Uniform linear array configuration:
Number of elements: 8
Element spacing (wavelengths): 1
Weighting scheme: binomial
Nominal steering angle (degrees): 60
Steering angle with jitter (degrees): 61.452
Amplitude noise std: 0.05
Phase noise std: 0.05

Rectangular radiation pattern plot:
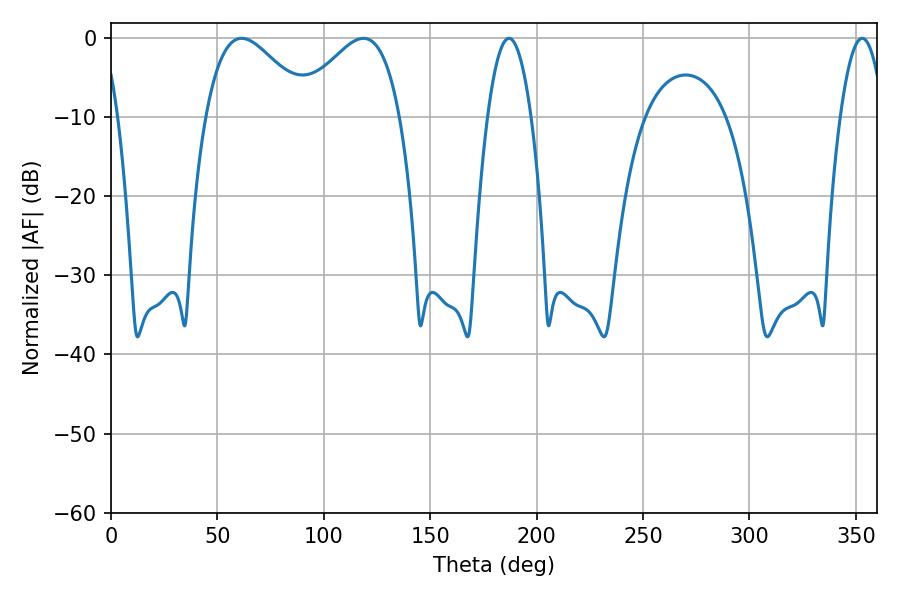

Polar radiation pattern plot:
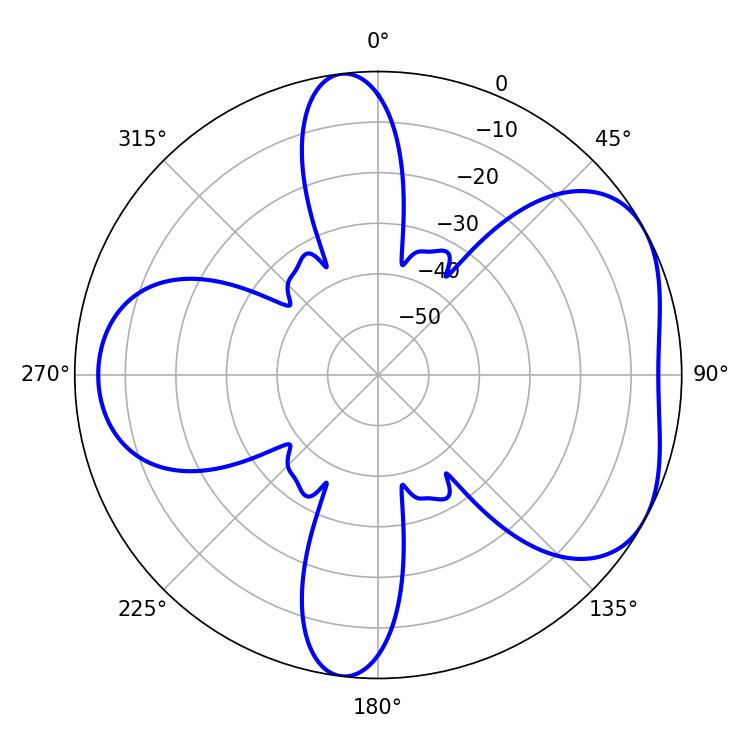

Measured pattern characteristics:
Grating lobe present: TRUE
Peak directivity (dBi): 4.904
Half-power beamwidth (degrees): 26.28
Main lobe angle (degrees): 61.38